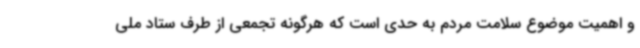
و اهمیت موضوع سلامت مردم به حدی است که هرگونه تجمعی از طرف ستاد ملی